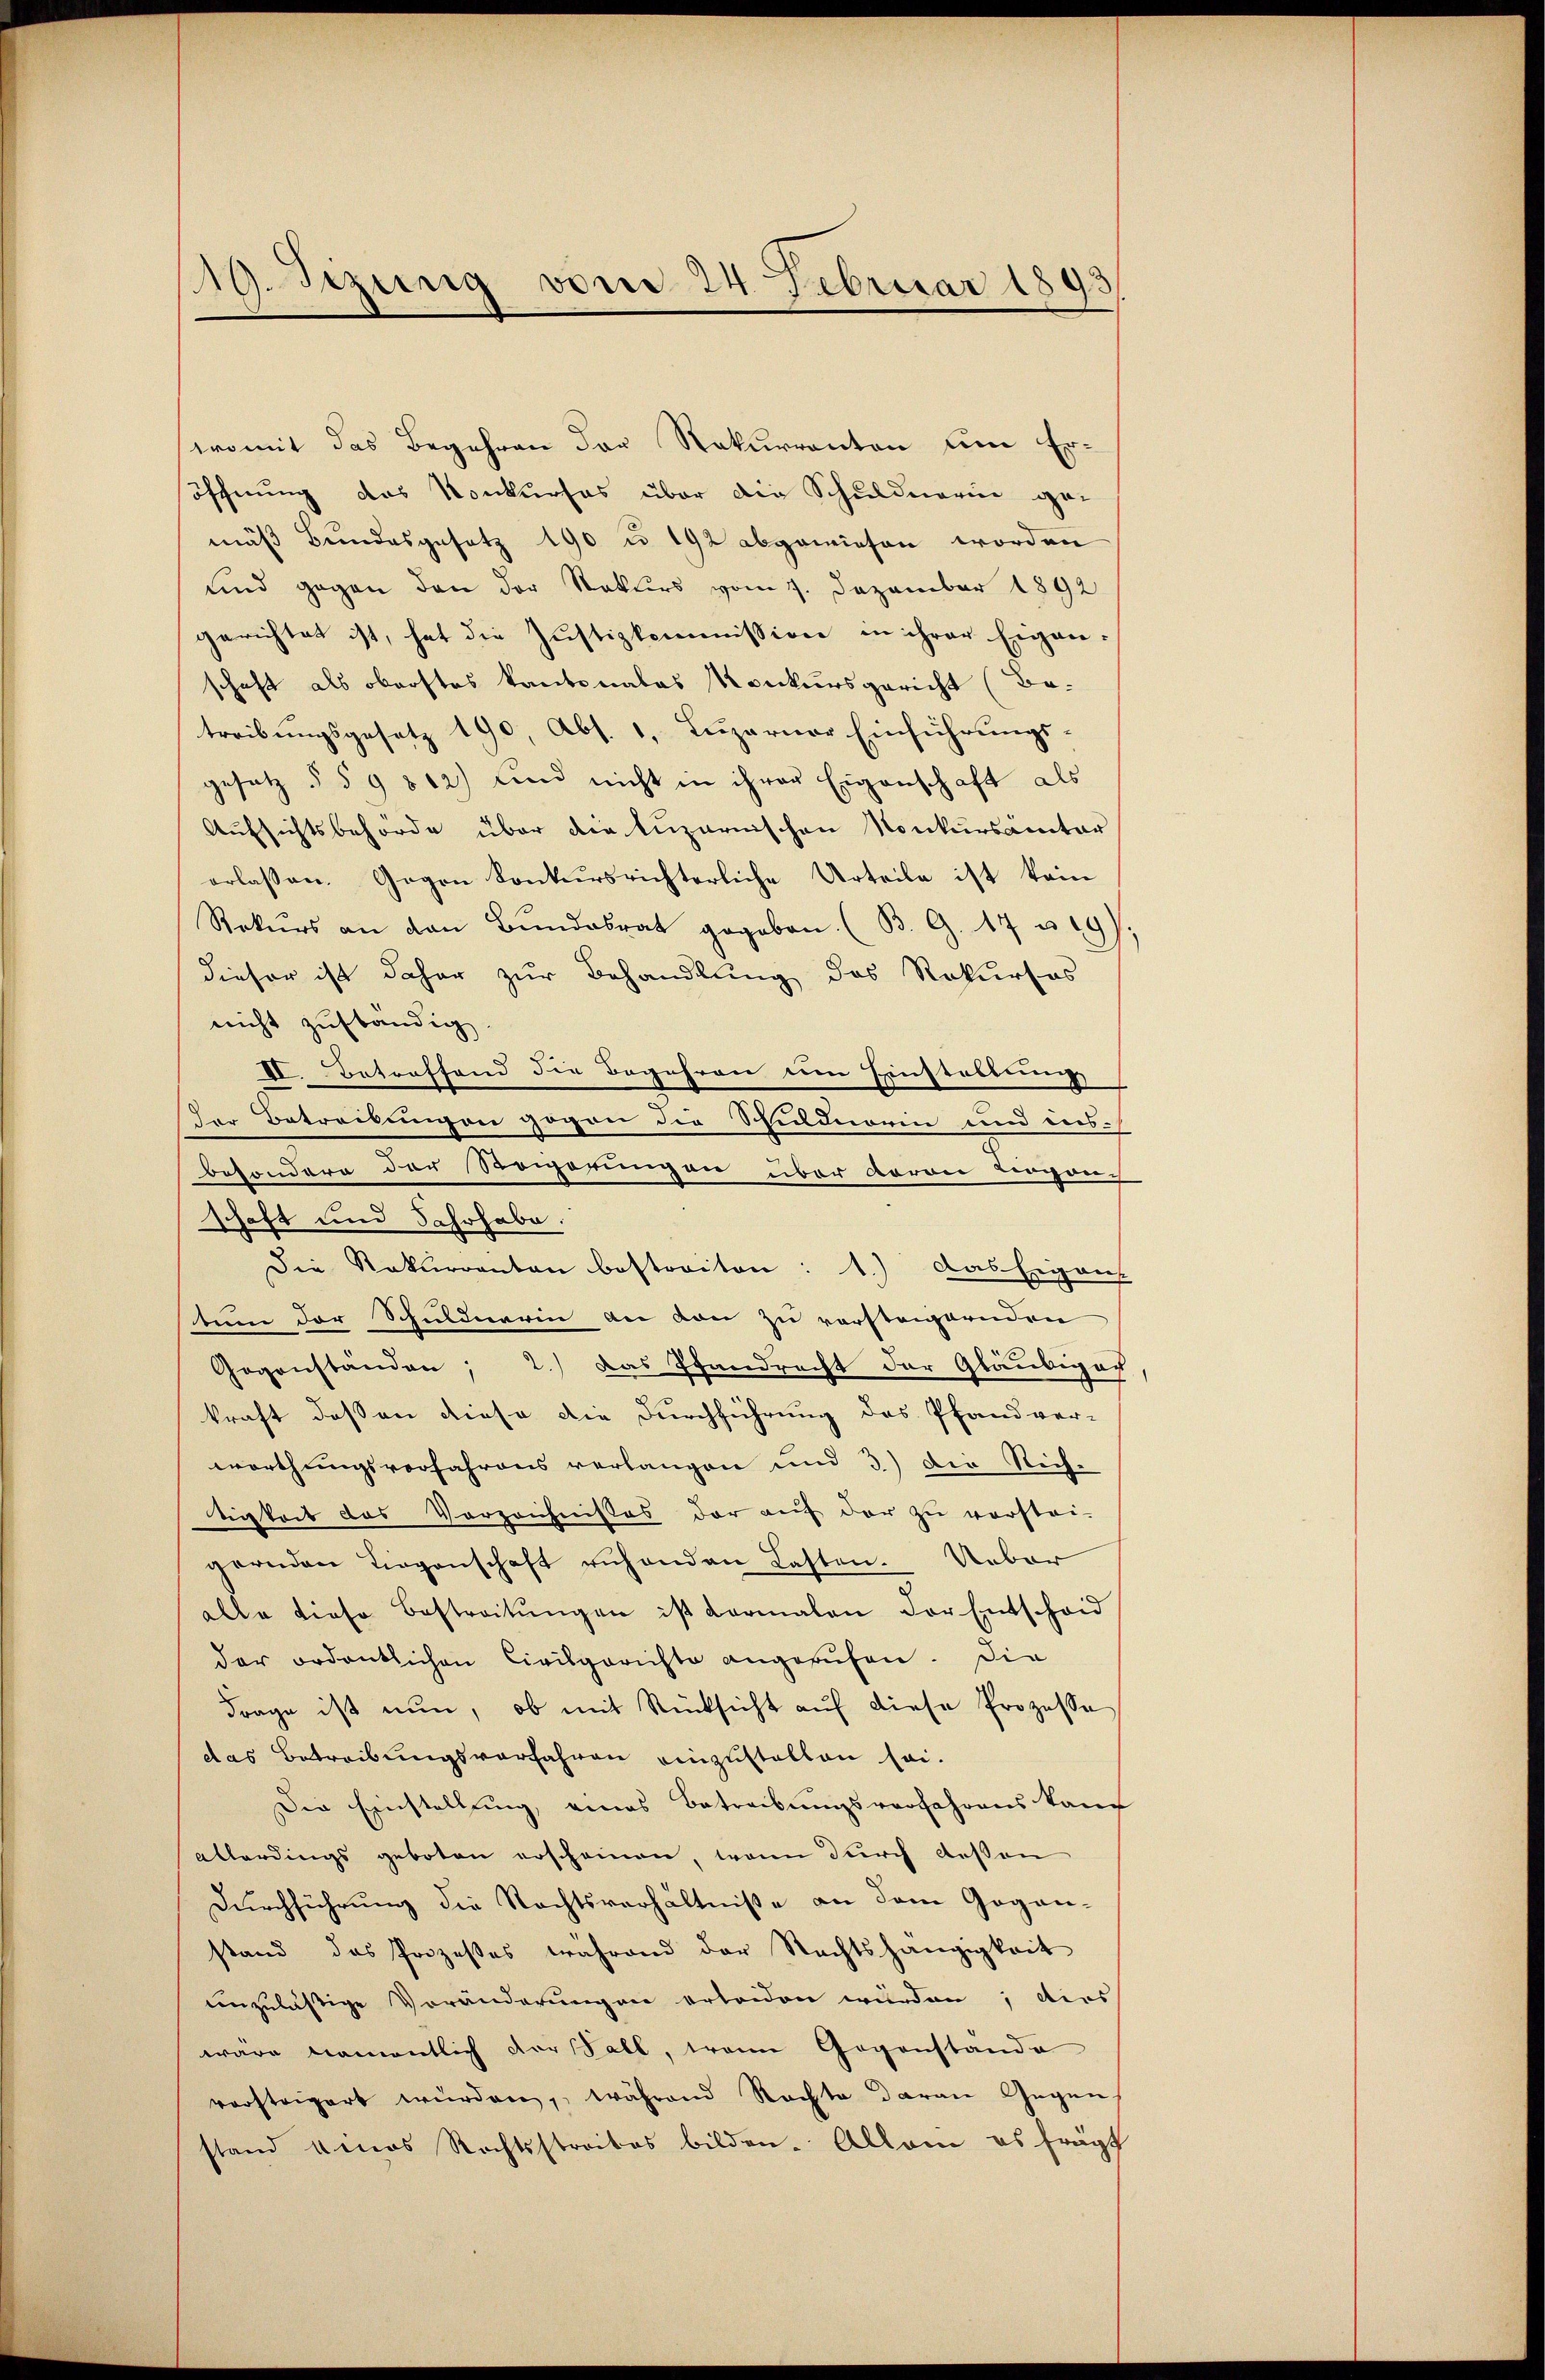
19. Sezung vom 24. Februar 1895

womit das Begehren der Rekurrenten um Eröffnung das Konkurses über die Schuldnerin ge-
mäß Bundesgesetz 190 u. 192 abgewiesen worden
und gegen den der Rekurs vom 7. Dezember 1892
gerichtet ist, hat die Justizkommission in ihrer Eigen-
schaft als oberstes Kantonales Konkursgericht (Be-
treibungsgesetz 190, Abs. 1, Luzerner Einführungsgesetz § § 9812) und nicht in ihrer Eigenschaft als
Aufsichtsbehörde über die luzernischen Konkursämter
erlassen. Gegen konkursrichterliche Urteile ist kein
Rekurs an von Bŭndesrat gegeben. (B. G. 17 u. 19).
dieser ist daher zur Behandlung des Rekurses
nicht zuständig
II. Betreffend die Begehren um Einstallung
Der Betreitungen gegen die Schuldnerin und ins-
besondere der Steigerungen über vorder Lorgon-
schaft und Jahrhabe:
Die Rekurrenten bestoriten: 1.) Das Ergän-
tum der Schuldnerin an den zu vorsteigernden
Gegenständen; 2.) Das Pfandrecht der Gläubiger
kraft daß an diese die Durchführung des Pfandver-
werthungsverfahrens verlangen und 3.) Die Rich-
tigkeit des Vorzeichnisses der auf der zu verstei
gernden Liegenschaft ruhenden Lasten. Ueber
alle diese Bestreitŭngen ist darmalen der Entscheid
der ordentlichen Civilgerichte angerufen. Die
Frage ist nun, ob mit Rücksicht aŭf diese Prozesse
das Betreibungsverfahren einzustellen sei.
Die Einstellung, eines Betreibungsverfahrens kauf
allerdings geboten erscheinen, wenn durch deßen
Durchführung die Rechtsverhältniße an dem Gogan-
stand das Prozeßes während der Rechtshängigkeit
unzuläßige Veränderungen erleiden würden; dies
wäre namentlich der Sall, train Gegenstande
vorsteigert würden, während Rechte daran Gegen-
stand eines Rechtsstreibes bilden. Allein es frägt